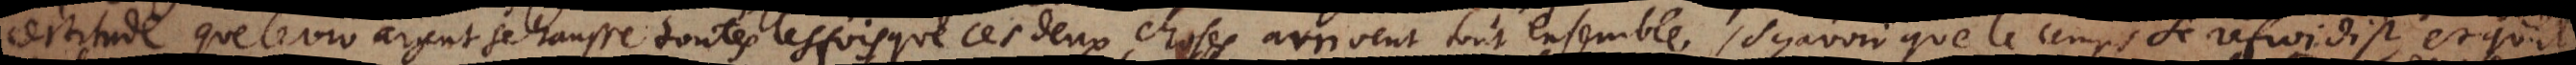
certitude que le viv argent se hausse toutes les fois que ces deux choses arrivent tout ensemble, sçavoir que le temps se refroidist, et qu’il